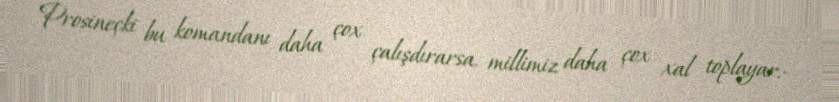
Prosineçki bu komandanı daha çox çalışdırarsa, millimiz daha çox xal toplayar.-